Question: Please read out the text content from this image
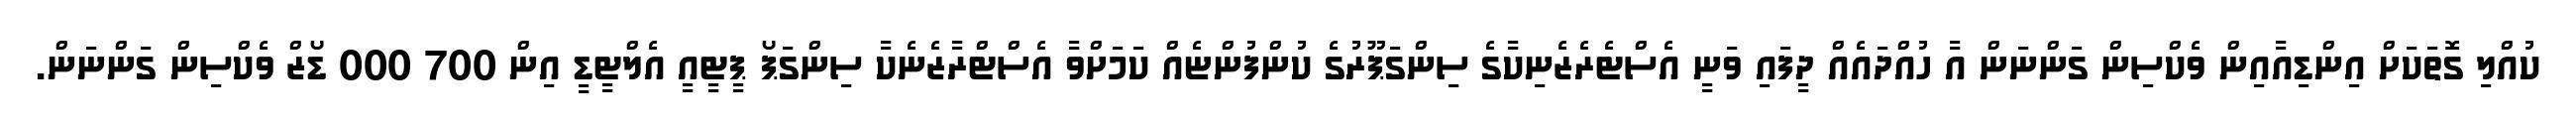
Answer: ކުއްލި ގޮތަކަށް އިންޑިއާއިން ވެކްސިން ގަންނަން އާ ހުއްދައެއް ދީފައި ވަނީ އެސްޓެރެޒެނިކާގެ ސިންގަޕޫރުގެ ކުންފުންޏެއް ކަމަށްވާ އެސްޓްރާޒެނެކާ ސިންގަޕޯ ޕީޓީއީ އެލްޓީޑީ އިން 700 000 ޑޯޒް ވެކްސިން ގަންނަން.